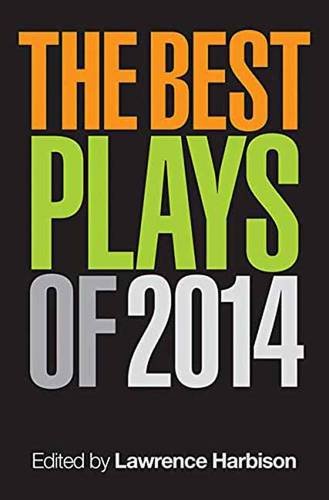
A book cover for The Best Plays of 2014; Literature & Fiction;